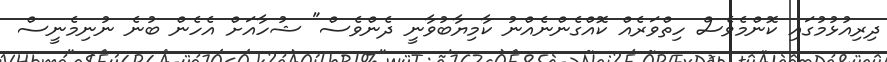
ދިރިއުޅުމުގައި ކޮންމެވެސް ހިތްވަރެއް ކޮއްގެންނެއްނު ކާމިޔާބުވާނީ ދެންވެސް" ޝުހާއަށް އެހެން ބުނެ ނުނިމެނީސް